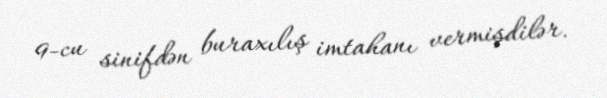
9-cu sinifdən buraxılış imtahanı vermişdilər.